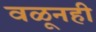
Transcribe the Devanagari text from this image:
वळूनही